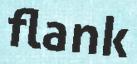
flank